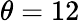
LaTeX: \theta=12